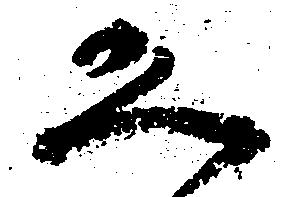
恐